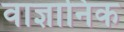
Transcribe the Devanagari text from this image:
वाज्ञानिक